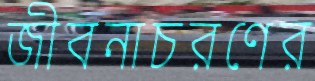
জীবনাচরণের